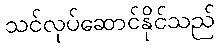
သင်လုပ်ဆောင်နိုင်သည်